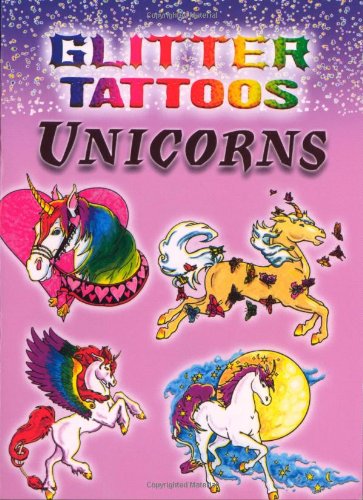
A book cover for Glitter Tattoos Unicorns (Dover Tattoos); Christy Shaffer; Humor & Entertainment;